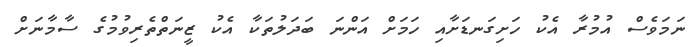
ނަމަވެސް އުމުރާ އެކު ހަށިގަނޑަށާއި ހަމަށް އަންނަ ބަދަލުތަކާ އެކު ޒީނަތްތެރިވުމުގެ ސާމާނަށް